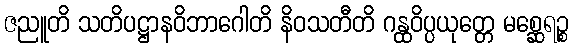
ဇညူတိ သတိပဋ္ဌာနဝိဘာဂေါတိ နိဝသတီတိ ဂန္ထဝိပ္ပယုတ္တေ မစ္ဆေရဉ္စ